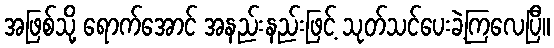
အဖြစ်သို့ ရောက်အောင် အနည်းနည်းဖြင့် သုတ်သင်ပေးခဲ့ကြလေပြီ။